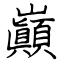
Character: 巓